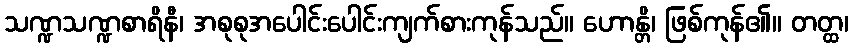
သဏ္ဍသဏ္ဍစာရိနီ၊ အစုစုအပေါင်းပေါင်းကျက်စားကုန်သည်။ ဟောန္တိ၊ ဖြစ်ကုန်၏။ တတ္ထ၊